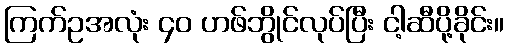
ကြက်ဥအလုံး ၄၀ ဟဖ်ဘွိုင်လုပ်ပြီး ငါ့ဆီပို့ခိုင်း။